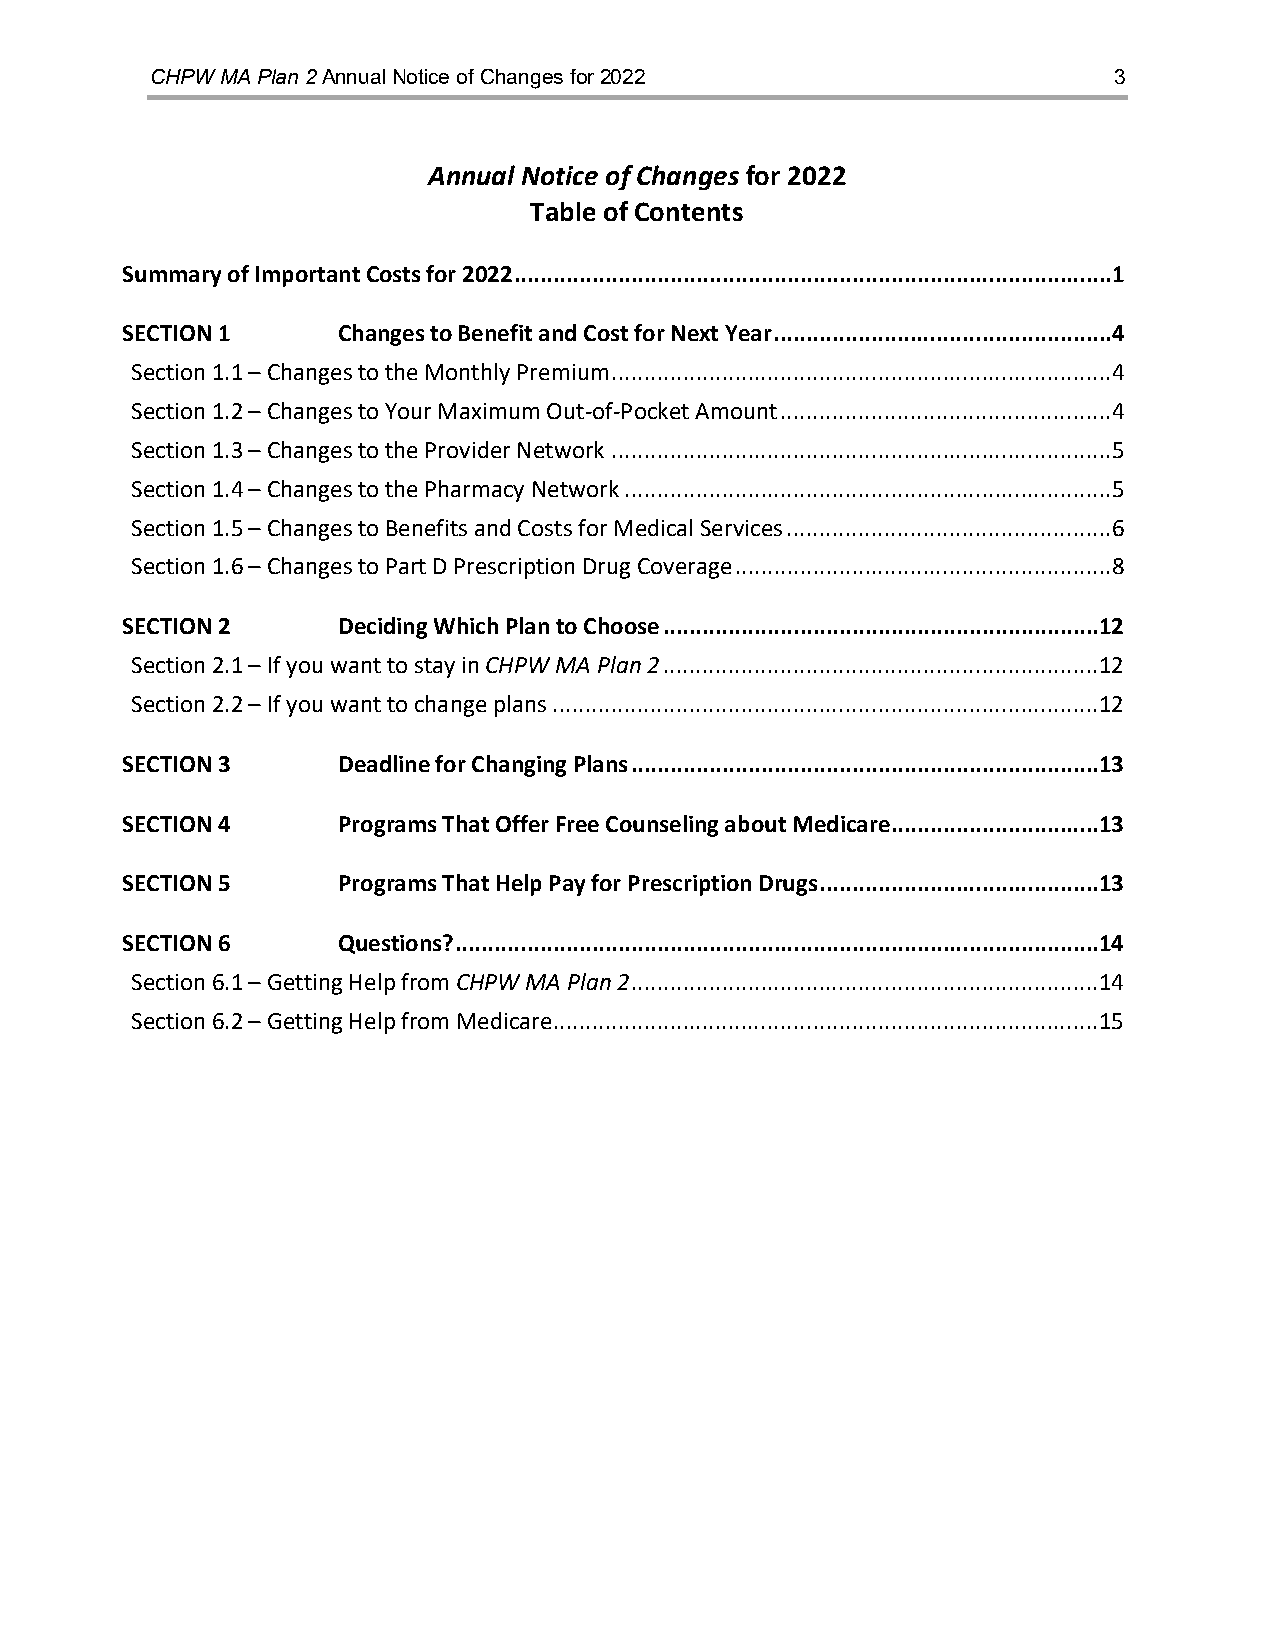
CHPW MA Plan 2 Annual Notice of Changes for 2022                3
 Annual Notice of Changes for 2022
 Table of Contents
 Summary of Important Costs for 2022 ............................................................................................1
 SECTION 1     Changes to Benefit and Cost for Next Year ....................................................4
 Section 1.1 – Changes to the Monthly Premium .............................................................................4
 Section 1.2 – Changes to Your Maximum Out-of-Pocket Amount ...................................................4
 Section 1.3 – Changes to the Provider Network .............................................................................5
 Section 1.4 – Changes to the Pharmacy Network ...........................................................................5
 Section 1.5 – Changes to Benefits and Costs for Medical Services ..................................................6
 Section 1.6 – Changes to Part D Prescription Drug Coverage ..........................................................8
 SECTION 2     Deciding Which Plan to Choose ...................................................................12
 Section 2.1 – If you want to stay in CHPW MA Plan 2 ...................................................................12
 Section 2.2 – If you want to change plans ....................................................................................12
 SECTION 3     Deadline for Changing Plans ........................................................................13
 SECTION 4     Programs That Offer Free Counseling about Medicare................................13
 SECTION 5     Programs That Help Pay for Prescription Drugs ...........................................13
 SECTION 6     Questions? ...................................................................................................14
 Section 6.1 – Getting Help from CHPW MA Plan 2 ........................................................................14
 Section 6.2 – Getting Help from Medicare ....................................................................................15